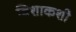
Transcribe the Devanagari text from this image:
विशाकशी